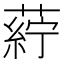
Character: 𮐸